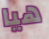
هيا